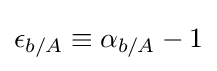
\epsilon _{b/A}\equiv \alpha _{b/A}-1